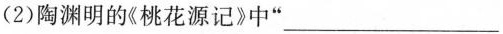
(2 )陶渊明的《桃花源记》中“___